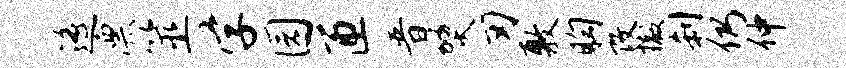
遥漂筮学园匝普燹刃敷胸改撤刹仍仲